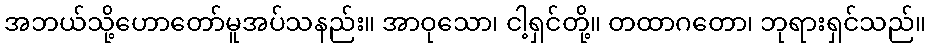
အဘယ်သို့ဟောတော်မူအပ်သနည်း။ အာဝုသော၊ ငါ့ရှင်တို့။ တထာဂတော၊ ဘုရားရှင်သည်။